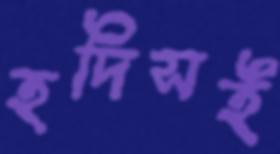
হদিসই